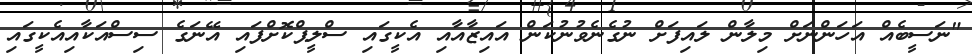
"ނަސީބެއް އަހަންނަށް މިލާން ލައިފަށް ނުގެނެވުނުކަން އައިޒާއާއި އެކީގައި ސްލީޕްކޮށްފައި އޭނަގެ ސިސްއަކާއިއެކީގައި